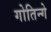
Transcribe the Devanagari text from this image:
गोतिन्गे